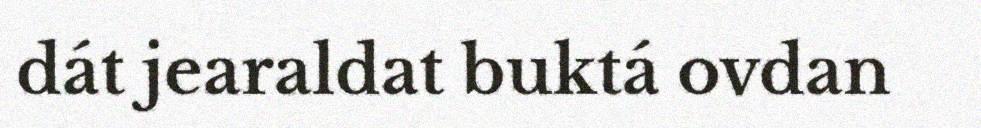
dát jearaldat buktá ovdan